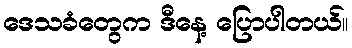
ဒေသခံတွေက ဒီနေ့ ပြောပါတယ်။